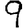
Digit: 9